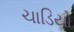
ચાડિયો